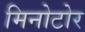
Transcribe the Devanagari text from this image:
मिनोटोर